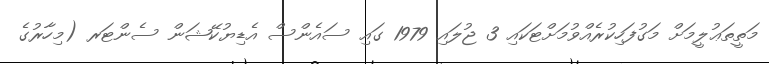
މަތީތަޢުލީމަށް މަގުފަހިކުރެއްވުމަށްޓަކައި 3 ޖުލައި 1979 ގައި ސައެންސް އެޑިޔުކޭޝަން ސެންޓަރ (މިހާރުގެ